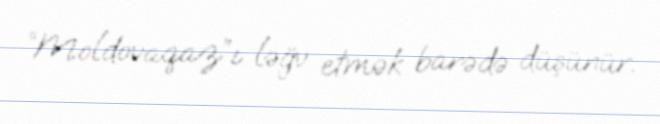
“Moldovaqaz”ı ləğv etmək barədə düşünür.